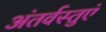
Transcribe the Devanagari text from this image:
अंतर्वस्तुएं